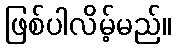
ဖြစ်ပါလိမ့်မည်။